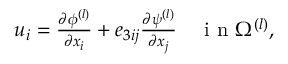
\begin{array} { r } { u _ { i } = \frac { \partial \phi ^ { ( l ) } } { \partial x _ { i } } + e _ { 3 i j } \frac { \partial \psi ^ { ( l ) } } { \partial x _ { j } } \quad \mathrm { ~ i ~ n ~ } \Omega ^ { ( l ) } , } \end{array}